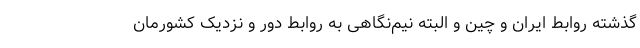
گذشته روابط ایران و چین و البته نیم‌نگاهی به روابط دور و نزدیک کشورمان